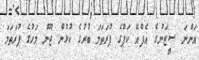
އަންނަ ސީޒަނުގެ އެފްއޭ ކަޕްގެ ފުރަތަމަ ބުރުގެ ކުޅުން ޖޫން މަހުގެ ފުރަތަމަ